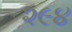
૨૯૪